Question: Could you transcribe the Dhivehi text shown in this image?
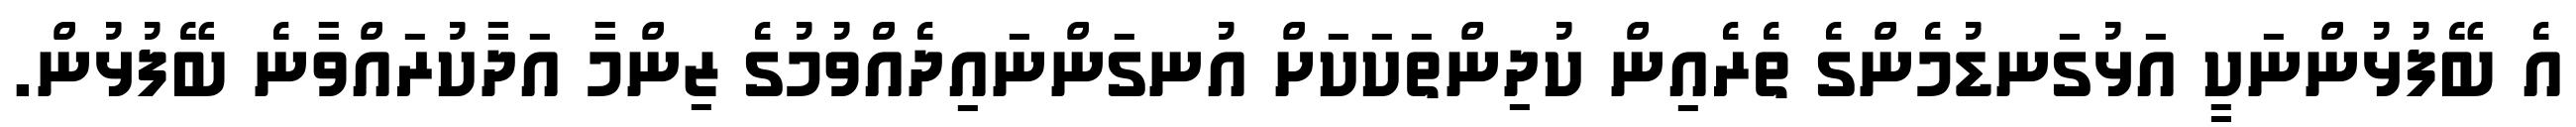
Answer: އެ ބޭފުޅުންނަކީ އަޅުގަނޑުމެންގެ ތެރެއިން ކުދިންތަކަކަށް އުނގަންނައިދެއްވުމުގެ ޒިންމާ އަދާކުރައްވާނެ ބޭފުޅުން.